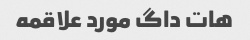
هات داگ مورد علاقمه